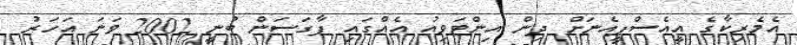
އެމެރިކާގެ އީއެސްޕީއެނަށް ދިން އިންޓަވިއު އެއްގައި ފާގަސަން ބުނީ 2002 ވަނަ އަހަރު